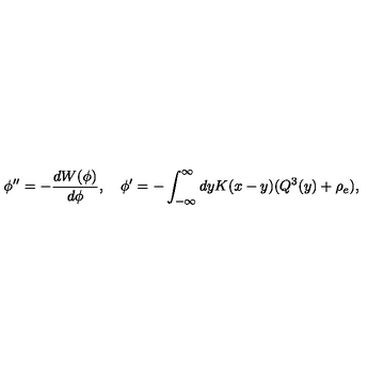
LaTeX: \phi ^ { \prime \prime } = - { \frac { d W ( \phi ) } { d \phi } } , \quad \phi ^ { \prime } = - \int _ { - \infty } ^ { \infty } d y K ( x - y ) ( Q ^ { 3 } ( y ) + \rho _ { e } ) ,